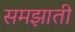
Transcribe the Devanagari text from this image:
समझातीं